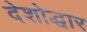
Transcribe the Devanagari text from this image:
देशोद्धार